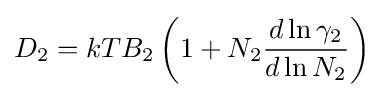
D_{2}=kTB_{2}\left(1+N_{2}{\frac {d\ln \gamma _{2}}{d\ln N_{2}}}\right)